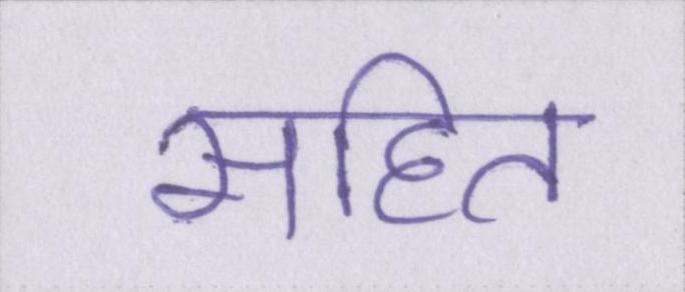
सहित